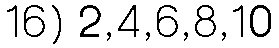
16) 2,4,6,8,10